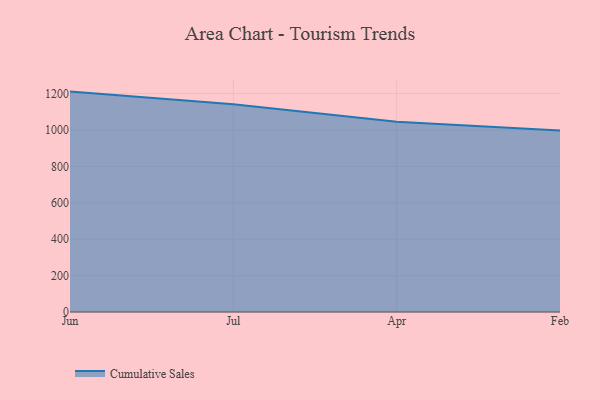
{"axis": {"x": "Month", "y": "Backlog"}, "legend": ["Cumulative Sales"], "data": [{"x": "Jun", "y": 1210.7, "type": "Cumulative Sales"}, {"x": "Jul", "y": 1141.2, "type": "Cumulative Sales"}, {"x": "Apr", "y": 1045.3, "type": "Cumulative Sales"}, {"x": "Feb", "y": 997.6, "type": "Cumulative Sales"}]}